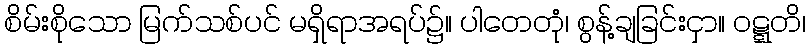
စိမ်းစိုသော မြက်သစ်ပင် မရှိရာအရပ်၌။ ပါတေတုံ၊ စွန့်ချခြင်းငှာ။ ဝဋ္ဋတိ၊